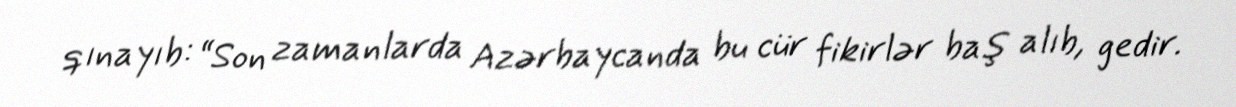
qınayıb: “Son zamanlarda Azərbaycanda bu cür fikirlər baş alıb, gedir.